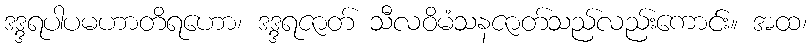
ဒဒ္ဒရပါပမဟာတိရဟော၊ ဒဒ္ဒရဇာတ် သီလဝိမံသနဇာတ်သည်လည်းကောင်း။ အထ၊